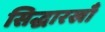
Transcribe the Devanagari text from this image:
सिद्धारखाँ